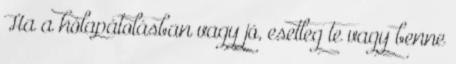
Ha a hólapátolásban vagy jó, esetleg te vagy benne